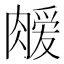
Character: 𫆫